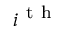
i ^ { \mathrm { ~ t ~ h ~ } }